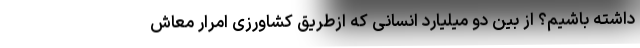
داشته باشیم؟ از بین دو میلیارد انسانی که ازطریق کشاورزی امرار معاش